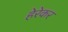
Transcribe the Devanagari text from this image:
हेरेकर